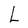
Character: L